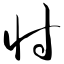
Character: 忖